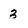
Character: 3